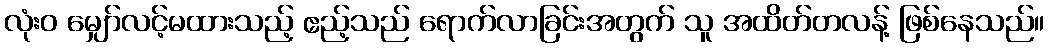
လုံးဝ မျှော်လင့်မထားသည့် ဧည့်သည် ရောက်လာခြင်းအတွက် သူ အထိတ်တလန့် ဖြစ်နေသည်။